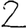
Digit: 2